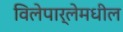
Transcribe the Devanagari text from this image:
विलेपार्लेमधील